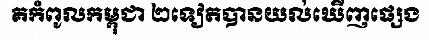
គកំពូលកម្ពុជា ២ទៀតបានយល់ឃើញផ្សេង